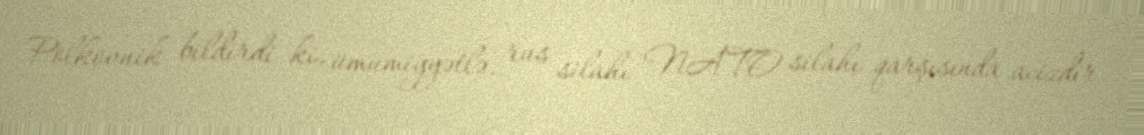
Polkovnik bildirdi ki, ümumiyyətlə, rus silahı NATO silahı qarşısında acizdir